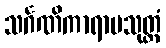
သင်္ဂဏိကာရာမသုတ္တံ